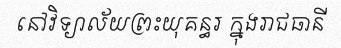
នៅវិទ្យាល័យព្រះយុគន្ធរ ក្នុងរាជធានី